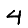
Digit: 4